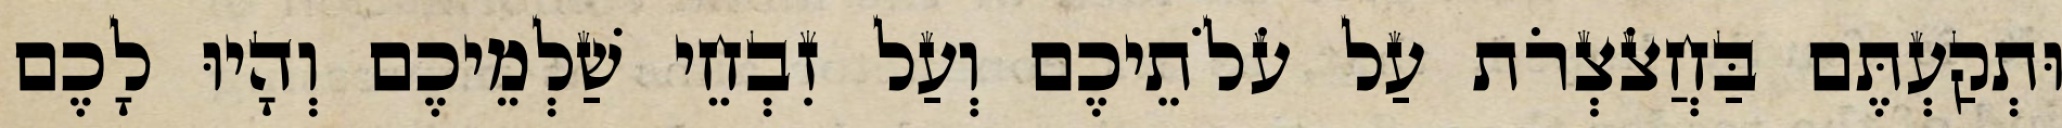
וּתְקַעְתֶּם בַּחֲצֹצְרֹת עַל עֹלֹתֵיכֶם וְעַל זִבְחֵי שַׁלְמֵיכֶם וְהָיוּ לָכֶם